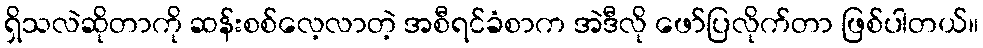
ရှိသလဲဆိုတာကို ဆန်းစစ်လေ့လာတဲ့ အစီရင်ခံစာက အဲဒီလို ဖော်ပြလိုက်တာ ဖြစ်ပါတယ်။